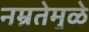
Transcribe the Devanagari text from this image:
नम्रतेमुळे